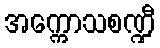
အက္ကောသစဏ္ဍီ